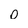
Character: o